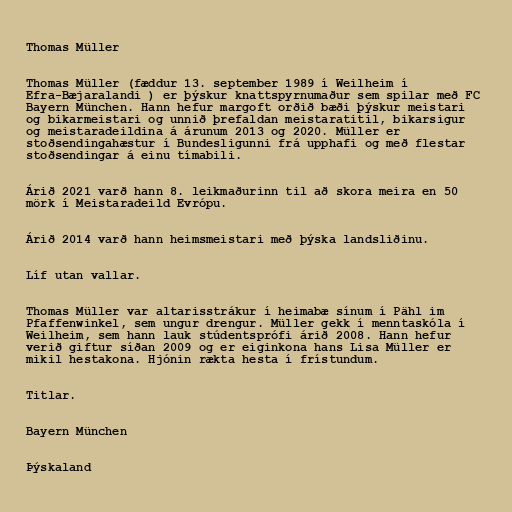
Thomas Müller

Thomas Müller (fæddur 13. september 1989 í Weilheim í
Efra-Bæjaralandi ) er þýskur knattspyrnumaður sem spilar með FC
Bayern München. Hann hefur margoft orðið bæði þýskur meistari
og bikarmeistari og unnið þrefaldan meistaratitil, bikarsigur
og meistaradeildina á árunum 2013 og 2020. Müller er
stoðsendingahæstur í Bundesligunni frá upphafi og með flestar
stoðsendingar á einu tímabili.

Árið 2021 varð hann 8. leikmaðurinn til að skora meira en 50
mörk í Meistaradeild Evrópu.

Árið 2014 varð hann heimsmeistari með þýska landsliðinu.

Líf utan vallar.

Thomas Müller var altarisstrákur í heimabæ sínum í Pähl im
Pfaffenwinkel, sem ungur drengur. Müller gekk í menntaskóla í
Weilheim, sem hann lauk stúdentsprófi árið 2008. Hann hefur
verið giftur síðan 2009 og er eiginkona hans Lisa Müller er
mikil hestakona. Hjónin rækta hesta í frístundum.

Titlar.

Bayern München

Þýskaland